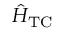
\hat { H } _ { \mathrm { T C } }